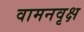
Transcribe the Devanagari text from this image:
वामनवृक्ष